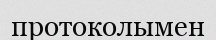
протоколымен